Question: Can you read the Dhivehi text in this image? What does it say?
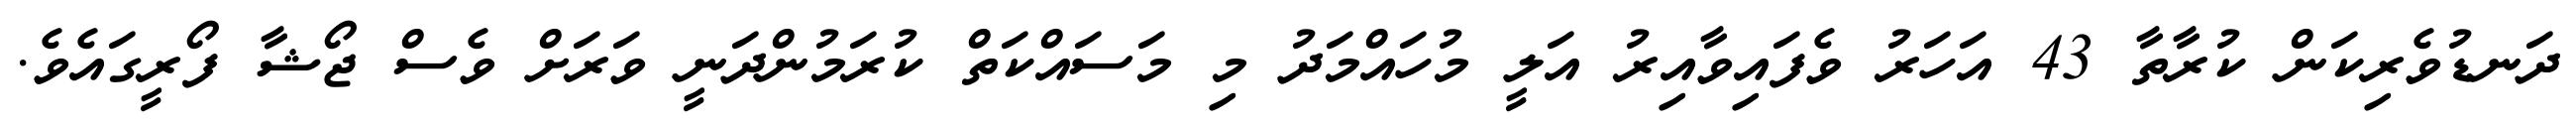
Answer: ދަނޑުވެރިކަން ކުރާތާ 43 އަހަރު ވެފައިވާއިރު އަލީ މުހައްމަދު މި މަސައްކަތް ކުރަމުންދަނީ ވަރަށް ވެސް ޖޯޝާ ފޯރީގައެވެ.